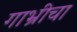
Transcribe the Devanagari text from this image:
गाभ्रीचा